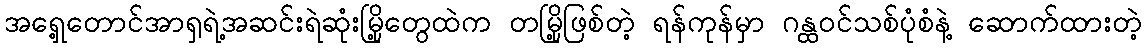
အရှေ့တောင်အာရှရဲ့အဆင်းရဲဆုံးမြို့တွေထဲက တမြို့ဖြစ်တဲ့ ရန်ကုန်မှာ ဂန္ထဝင်သစ်ပုံစံနဲ့ ဆောက်ထားတဲ့